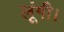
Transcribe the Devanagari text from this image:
लूंगी।